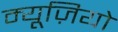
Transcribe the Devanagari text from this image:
म्यूज़ियो